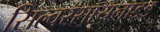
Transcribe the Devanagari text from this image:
सिल्वरसायनाइड